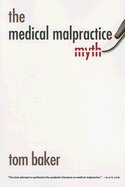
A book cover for Medical Malpractice Myth (05) by Baker, Tom [Paperback (2007)]; Baker; Law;